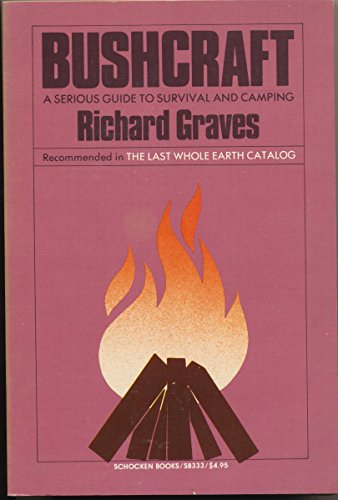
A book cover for Bushcraft: A Serious Guide to Survival and Camping; Richard Graves; Sports & Outdoors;